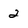
Character: 2